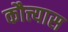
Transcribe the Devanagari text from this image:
कौत्त्यास